Indian journal of veterinary science and animal husbandry - Volume 2,
Year: 1932
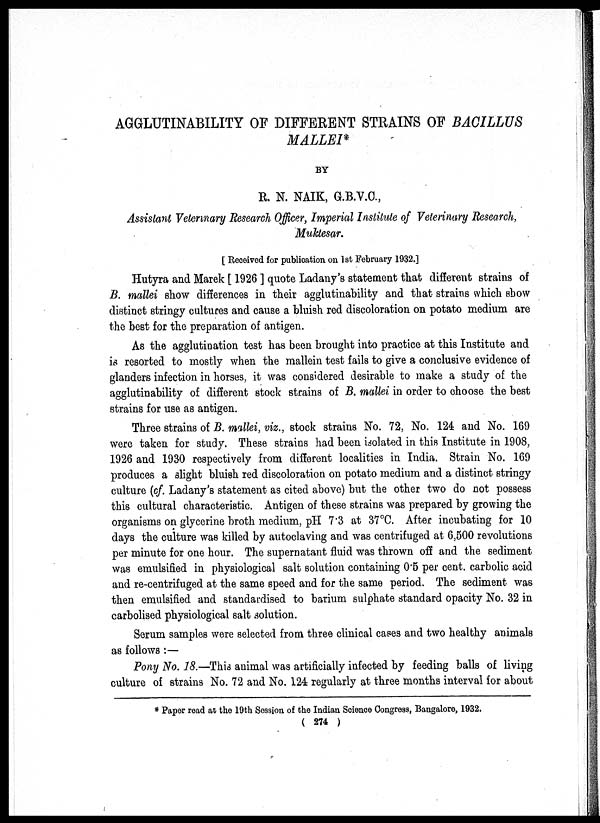
AGGLUTINABILITY OF DIFFERENT STRAINS OF BACILLUS
MALLEI*
BY
R. N. NAIK, G.B.V.C.,
Assistant Veterinary Research Officer, Imperial Institute of Veterinary Research,
Muktesar.
[ Received for publication on 1st February 1932.]
Hutyra and Marek [ 1926 ] quote Ladany's statement that different strains of
B. mallei show differences in their agglutinability and that strains which show
distinct stringy cultures and cause a bluish red discoloration on potato medium are
the best for the preparation of antigen.
As the agglutination test has been brought into practice at this Institute and
is resorted to mostly when the mallein test fails to give a conclusive evidence of
glanders infection in horses, it was considered desirable to make a study of the
agglutinability of different stock strains of B. mallei in order to choose the best
strains for use as antigen.
Three strains of B. mallei, viz., stock strains No. 72, No. 124 and No. 169
were taken for study. These strains had been isolated in this Institute in 1908,
1926 and 1930 respectively from different localities in India. Strain No. 169
produces a slight bluish red discoloration on potato medium and a distinct stringy
culture (of. Ladany's statement as cited above) but the other two do not possess
this cultural characteristic. Antigen of these strains was prepared by growing the
organisms on glycerine broth medium, pH 7.3 at 37°C. After incubating for 10
days the culture was killed by autoclaving and was centrifuged at 6,500 revolutions
per minute for one hour. The supernatant fluid was thrown off and the sediment
was emulsified in physiological salt solution containing 0.5 per cent. carbolic acid
and re-centrifuged at the same speed and for the same period. The sediment was
then emulsified and standardised to barium sulphate standard opacity No. 32 in
carbolised physiological salt solution.
Serum samples were selected from three clinical cases and two healthy animals
as follows :—
Pony No. 18.—This animal was artificially infected by feeding balls of living
culture of strains No. 72 and No. 124 regularly at three months interval for about
* Paper read at the 19th Session of the Indian Science Congress, Bangalore, 1932.
( 274 )